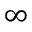
\infty